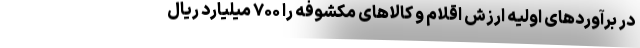
در برآوردهای اولیه ارزش اقلام و کالاهای مکشوفه را ۷۰۰ میلیارد ریال